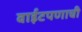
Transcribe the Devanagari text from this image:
वाईटपणाची